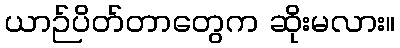
ယာဉ်ပိတ်တာတွေက ဆိုးမလား။